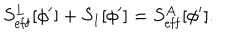
LaTeX: S _ { \mathrm { e f f } } ^ { L } [ \phi ^ { \prime } ] + S _ { 1 } [ \phi ^ { \prime } ] = S _ { \mathrm { e f f } } ^ { A } [ \phi ^ { \prime } ] .